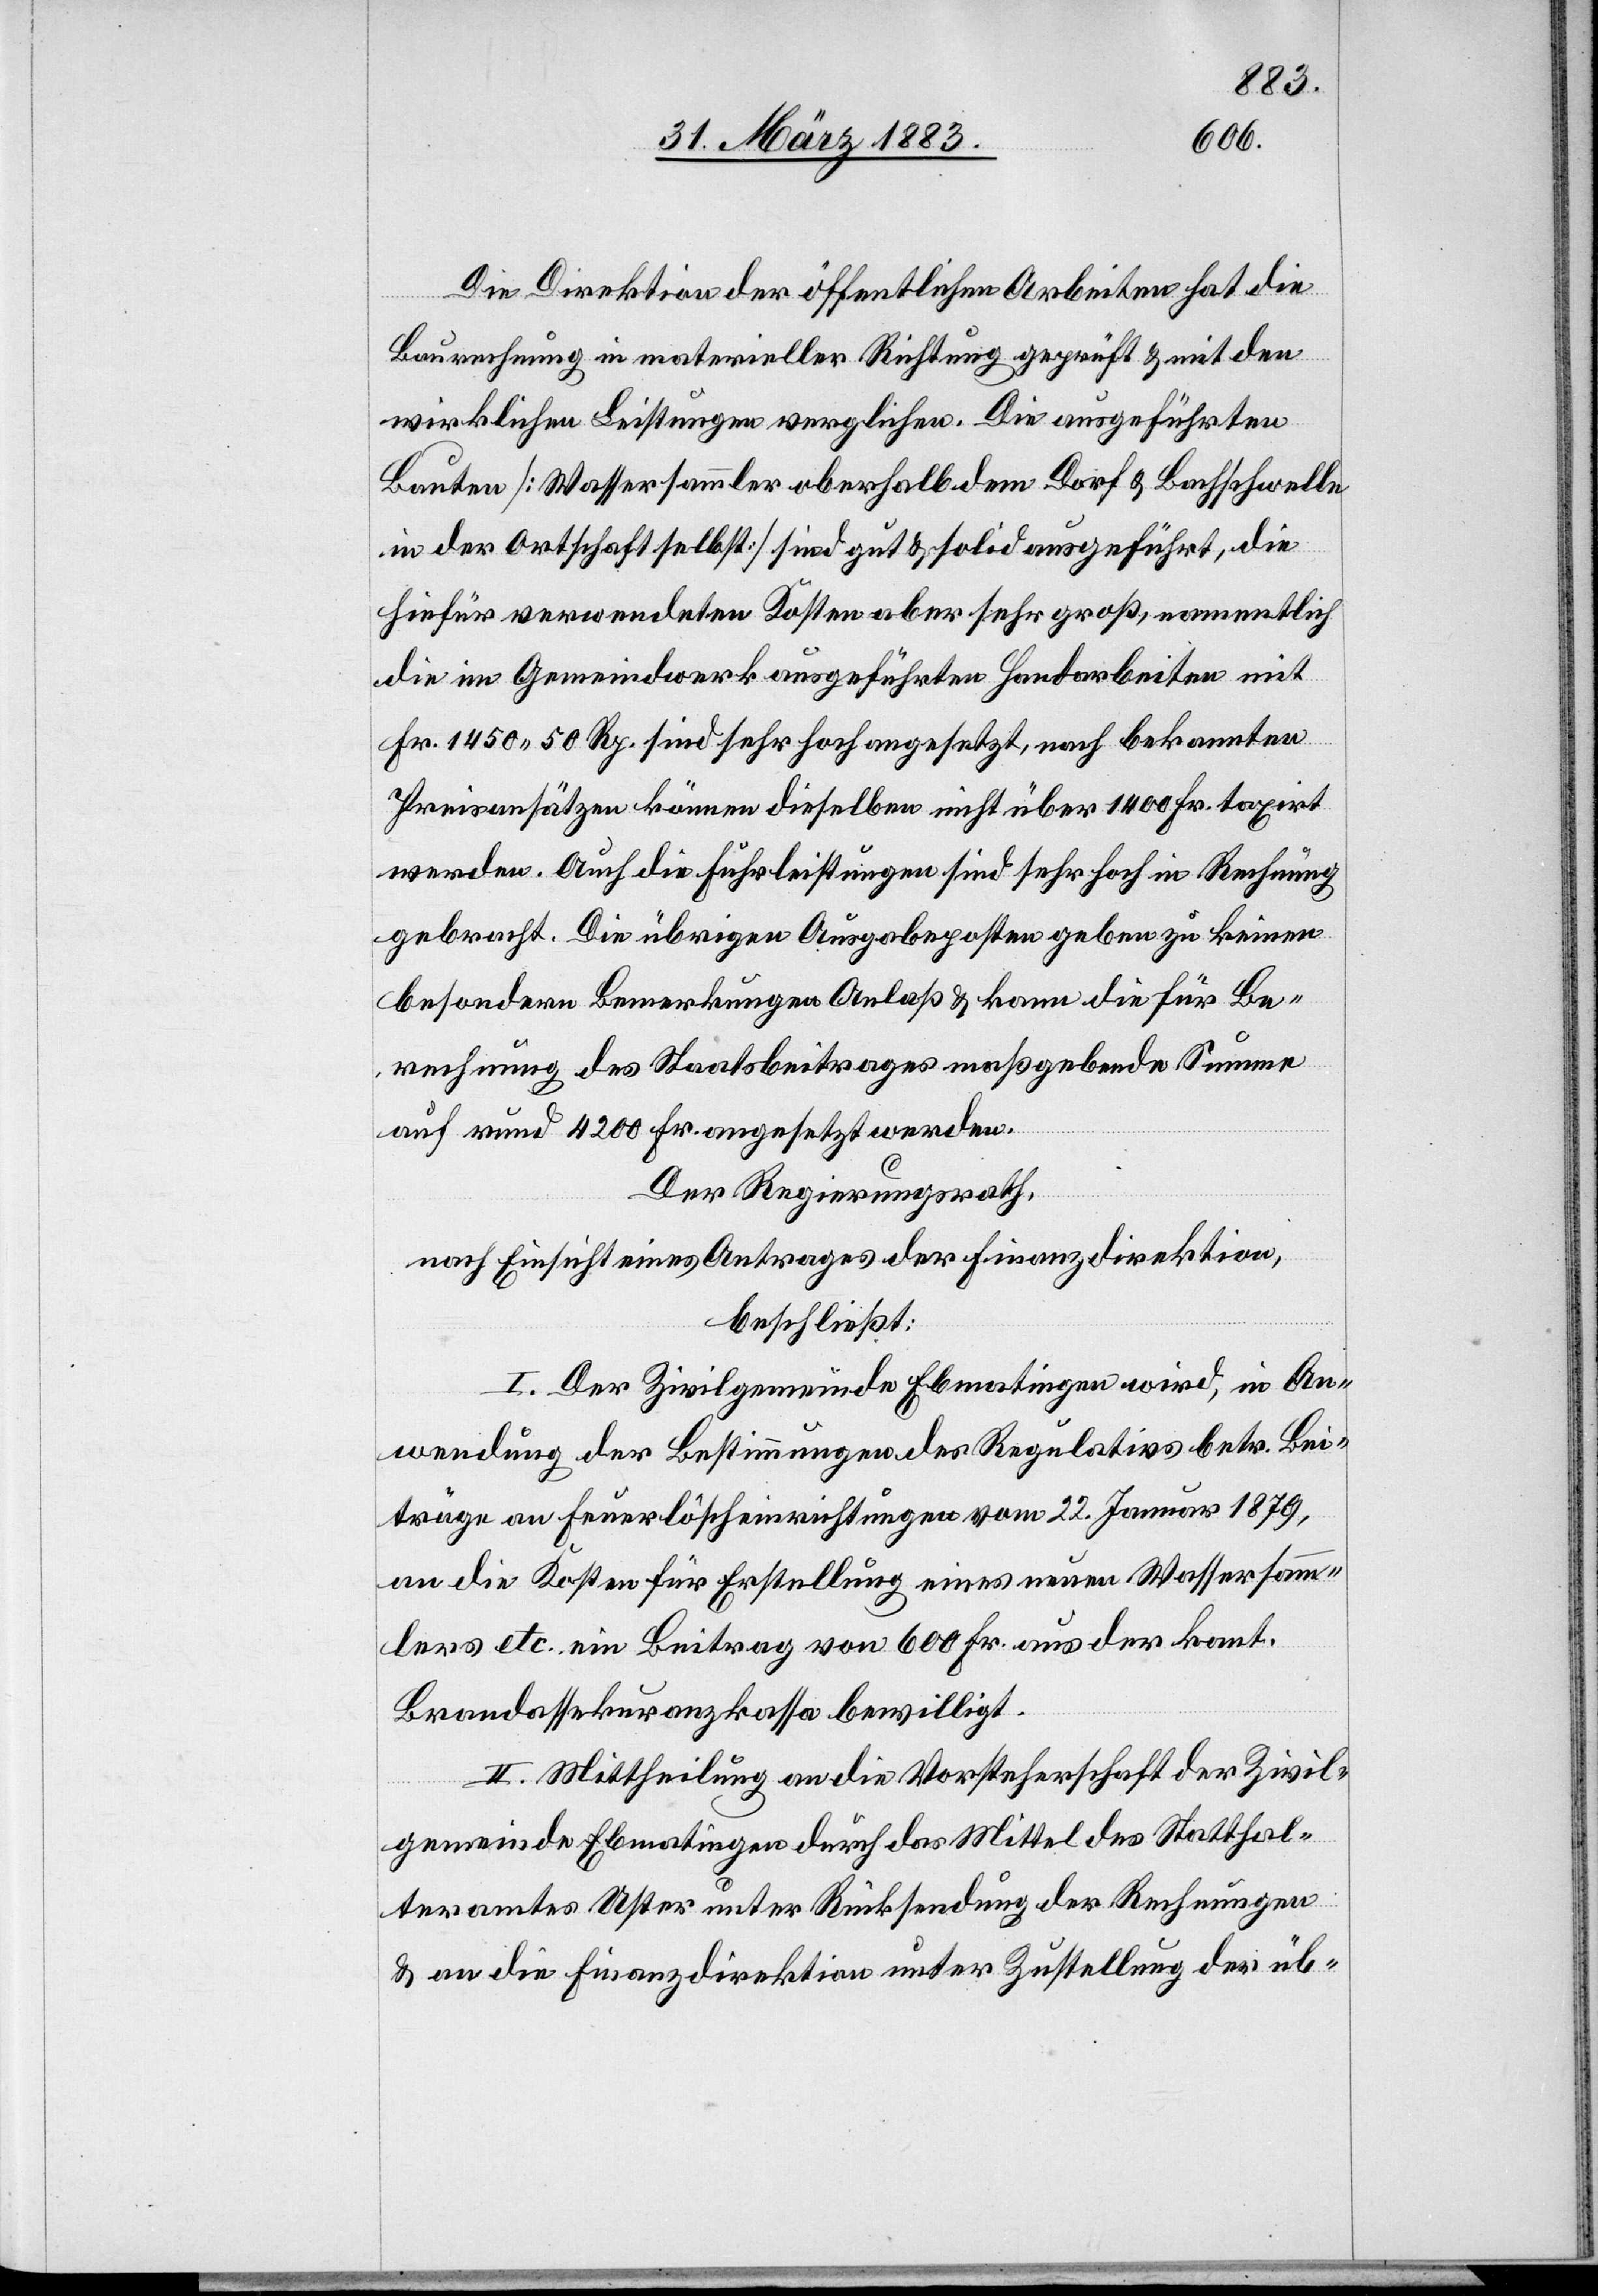
Die Direktion der öffentlichen Arbeiten hat die
Baurechnung in materieller Richtung geprüft & mit den
wirklichen Leistungen verglichen. Die ausgeführten
Bauten [Wassersammler oberhalb dem Dorf & Bachschwelle
in der Ortschaft selbst] sind gut & solid ausgeführt, die
hiefür verwendeten Kosten aber sehr groß, namentlich
die im Gemeindwerk ausgeführten Handarbeiten mit
Fr. 1450 50 Rp. sind sehr hoch angesetzt, nach bekannten
Preisansätzen können dieselben nicht über 1400 Fr. taxirt
werden. Auch die Fuhrleistungen sind sehr hoch in Rechnung
gebracht. Die übrigen Ausgabeposten geben zu keinen
besondern Bemerkungen Anlaß & kann die für Be¬
rechnung des Staatsbeitrages maßgebende Summe
auf rund 4200 Fr. angesetzt werden.
Der Regierungsrath,
nach Einsicht eines Antrages der Finanzdirektion,
beschließt:
I. Der Zivilgemeinde Ebmatingen wird, in An¬
wendung der Bestimmungen des Regulativs betr. Bei¬
träge an Feuerlöscheinrichtungen vom 22. Januar 1879,
an die Kosten für Erstellung eines neuen Wassersamm¬
lers etc. ein Beitrag von 600 Fr. aus der kant.
Brandassekuranzkassa bewilligt.
II. Mittheilung an die Vorsteherschaft der Zivil¬
gemeinde Ebmatingen durch das Mittel des Statthal¬
teramtes Uster unter Rücksendung der Rechnungen
& an die Finanzdirektion unter Zustellung der üb-